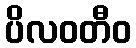
ပိလဝတီဝ